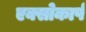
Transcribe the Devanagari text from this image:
एक्सोकार्प